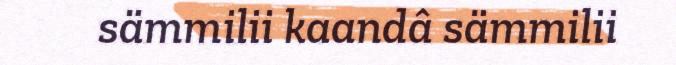
sämmilii kaandâ sämmilii